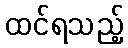
ထင်ရသည့်